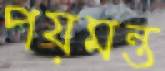
পয়মন্ত